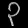
Digit: ၃